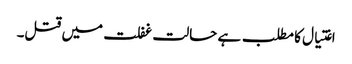
اغتیال کا مطلب ہے حالت غفلت میں قتل۔